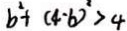
b ^ { 2 } + ( 4 - b ) ^ { 2 } > 4